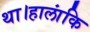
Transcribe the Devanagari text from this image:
था।हालांकि